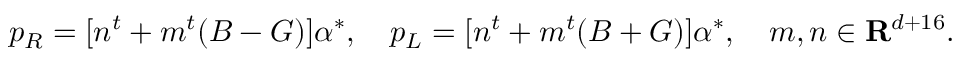
p _ { R } = [ n ^ { t } + m ^ { t } ( B - G ) ] { \alpha } ^ { * } , \ \ \ p _ { L } = [ n ^ { t } + m ^ { t } ( B + G ) ] { \alpha } ^ { * } , \ \ \ m , n \in { \bf R } ^ { d + 1 6 } .